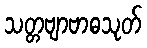
သတ္တဗျာဗာဓသုတ်